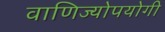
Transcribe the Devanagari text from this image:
वाणिज्योपयोगी